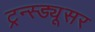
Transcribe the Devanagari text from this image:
ट्रन्स्ड्यूसर